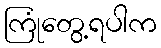
ကြုံတွေ့ရပါက